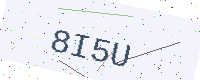
Text: 8I5U